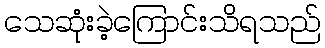
သေဆုံးခဲ့ကြောင်းသိရသည်